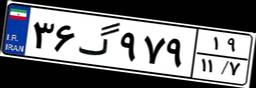
۳۶گ۹۷۹۱۹